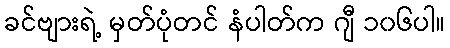
ခင်ဗျားရဲ့ မှတ်ပုံတင် နံပါတ်က ဂျီ ၁၀၆ပါ။